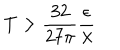
LaTeX: T > \frac { 3 2 } { 2 7 \pi } \frac \epsilon \lambda